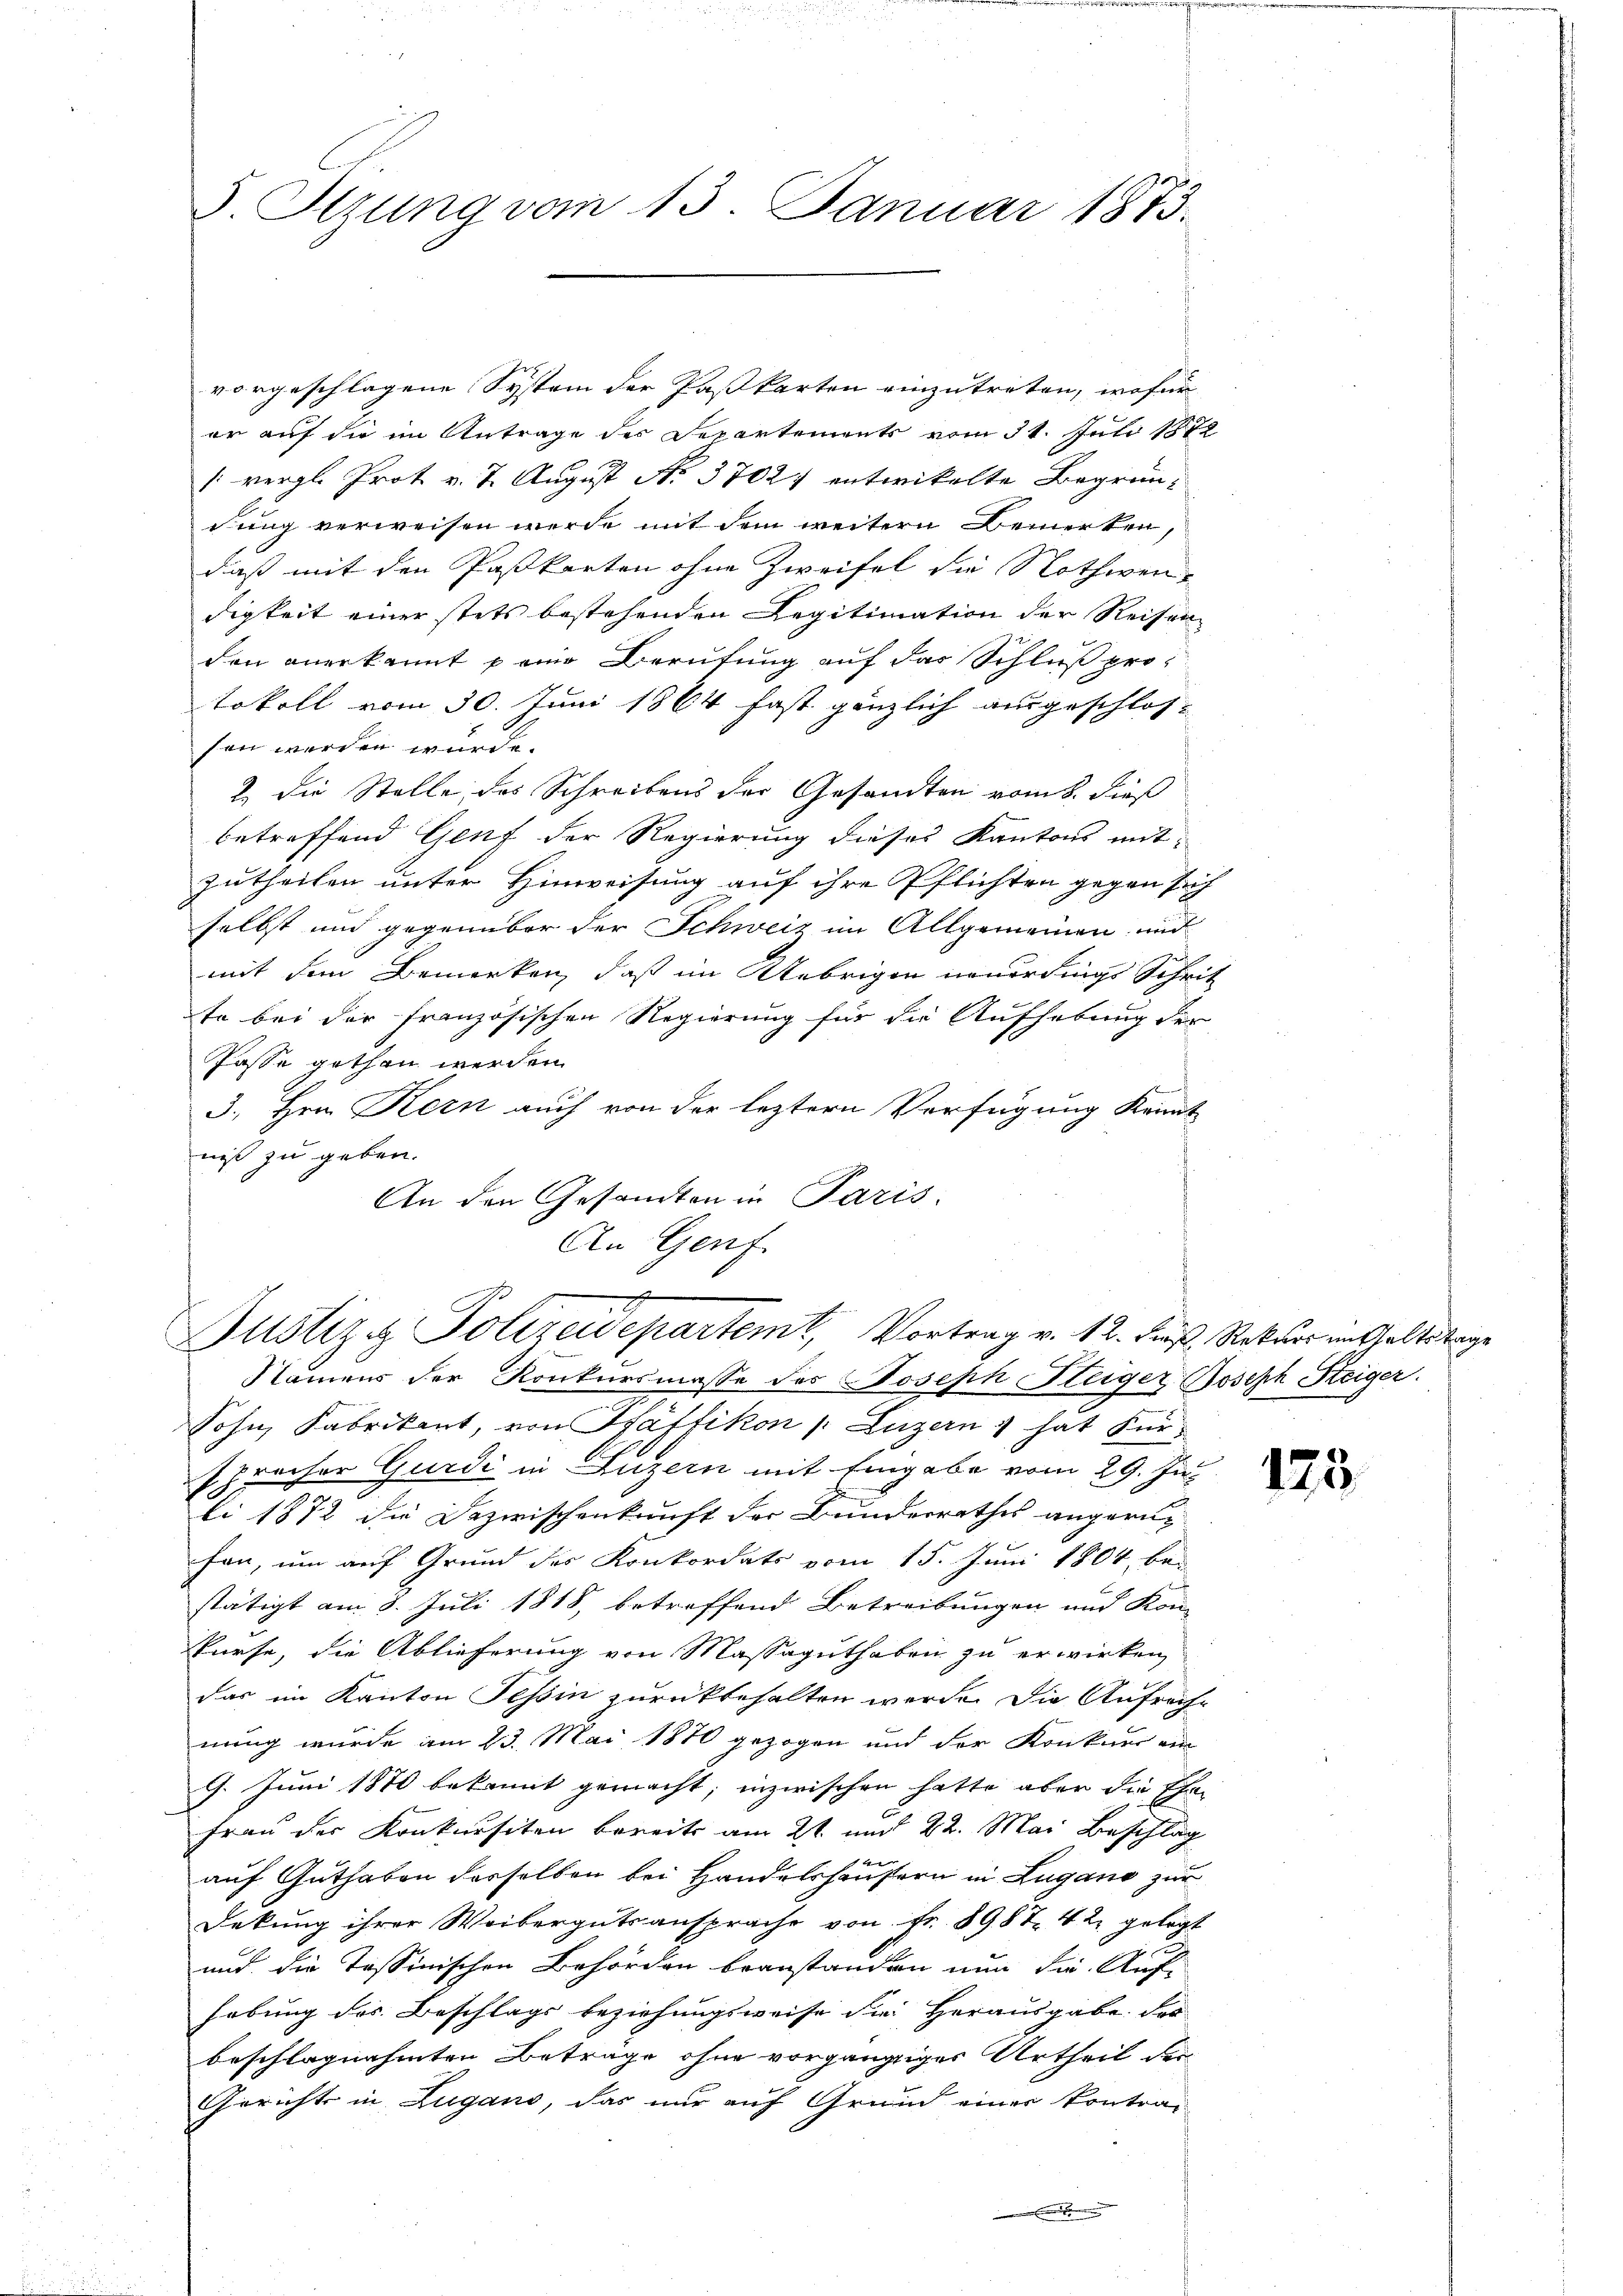
5 Stzung vom 13. Januar 1873.

vorgeschlagene System der Paßkarten einzutreten, wofür
er auf die im Antrage des Departements vom 31. Juli 1872
[vergl. Prot v. 7. August No. 37024 entwickelte Begrün-
dung verweisen werde mit dem weitern Bemerken,
daß mit den Paßkarten ohne Zweifel die Nothwendigkeit einer stets bestehenden Legitimation der Reisen
den angekannt peine Berufung auf das Schluß protokoll vom 30. Juni 1864 fast gänzlich ausgeschlos-
sen werden würde.
2. die Stelle des Schreibens der Gesandten vom 8. dieß
betreffend Genf der Regierung dieses Kantons mit-
zutheilen unter Hinweisung auf ihre Pflichten gegen sich
selbst und gegenüber der Schweiz im Allgemeinen und
mit dem Bemerken, daß im Uebrigen neuerdings Schrit
te bei der französischen Regierung für die Aufhebung der
Pässe gethan werden.
3. Hrn. Kern auch von der leztern Verfügung Kennt
niß zu geben.
An den Gesandten in Paris.
An Genf

d
Justiz. Polizeidepartemt, Vortrag v. 12. dieß, Rekurs enthaltstage

Namens der Konkursmasse des Joseph Steiger Joseph Steiger.
Sohn, Fabrikant, von Pfäffikon /: Luzern & hat Fürspracher Gurdi in Luzern mit Eingabe vom 29. Ju
li 1872 die Dazwischenkunft der Bunderrathes angerufen, um auf Grund des Konkordats vom 15. Juni 1804, bei
stätigt am 8. Juli 1818, betreffend Betreibungen und Kon-
kurse, die Ablieferung von Massaguthaben zu erwirken,
das im Kanton Tessin zurückbehalten werde. Die Aufrech-
nung wurde am 23. Mai 1870 gezogen und der Konkurs ein
9. Juni 1870 bekannt gemacht; inzwischen hatte aber die Ehe
Frau der Konkursiten bereits am 21. und 22. Mai Beschlag
4
auf Guthaben derselben bei Handelshäusern in Zugano zur
Dekung ihrer Weibergutsansprache von Fr. 8987. 42 gelegt
und die Tassinischen Behörden beanstanden nun die Auf-
hebung des Beschlags beziehungsweise die Herausgabe Fro
beschlagnahmten Beträge ohne vorgängiges Urtheil der
Gerichts in Zugano, das nur auf Grund einer kontra-

125